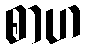
စာဟ